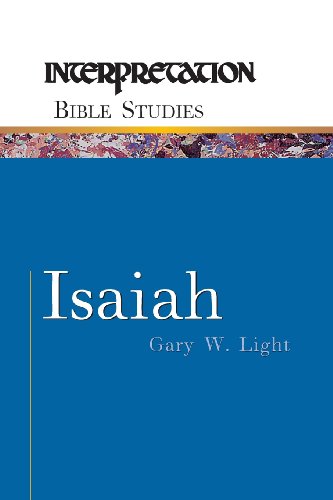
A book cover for Isaiah (Interpretation Bible Studies); Gary W. Light; Christian Books & Bibles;